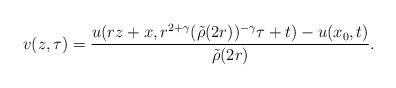
LaTeX: \begin{align*}v(z,\tau)=\frac{u(rz+x,r^{2+\gamma} (\tilde\rho(2r))^{-\gamma}\tau+t)-u(x_0,t)}{\tilde\rho(2r)}.\end{align*}